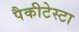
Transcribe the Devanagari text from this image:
पैकीटेस्टा